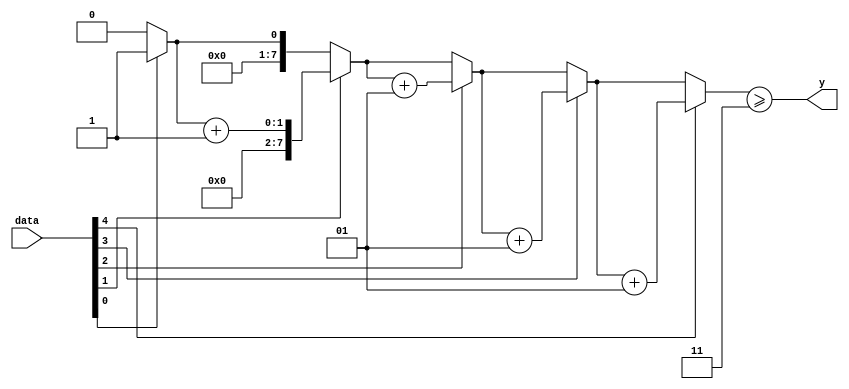
module majority(data, y);
	parameter N = 5;	// bit size
	parameter Majority = 3;	// majority
	input [N-1:0] data;
	output y;
	reg y;
	integer count;
	
	always @(*) begin
		count = count_one(data);
		y = (count >= Majority);
	end
	
	function [7:0] count_one;
		input [N-1:0] data;
		integer count, k;
		begin
			count = 0;
			for (k=0; k < N; k = k+1) 
				if (data[k]) count = count + 1;
			count_one = count;
		end
	endfunction
endmodule